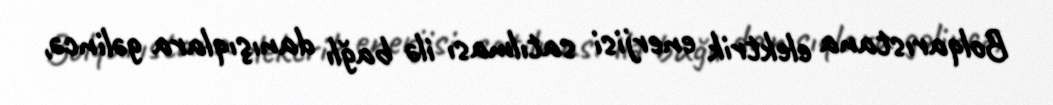
Bolqarıstana elektrik enerjisi satılması ilə bağlı danışıqlara gəlincə,